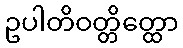
ဥပါတိဝတ္တိတ္ထော